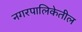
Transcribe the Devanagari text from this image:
नगरपालिकेतील